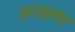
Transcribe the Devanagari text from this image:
स्टाइलर